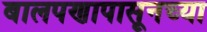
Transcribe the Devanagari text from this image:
बालपणापासूनच्या